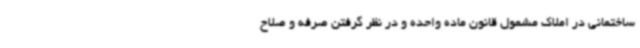
ساختمانی در املاک مشمول قانون ماده واحده و در نظر گرفتن صرفه و صلاح